Sketch of the medical history of the native army of Bombay, for the year
Year: 1872
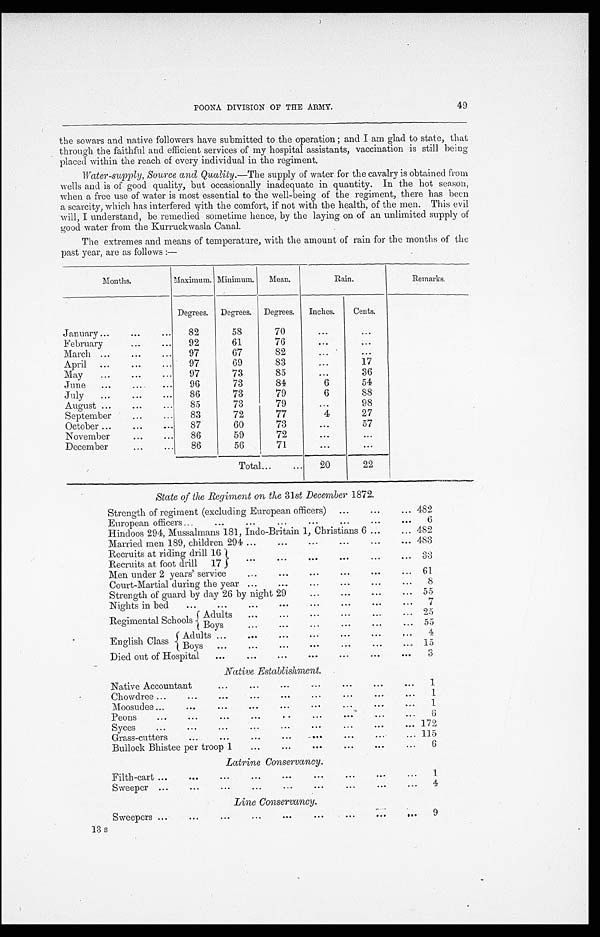
POONA DIVISION OF THE ARMY.
49
the sowars and native followers have submitted to the operation ; and I am glad to state, that
through the faithful and efficient services of my hospital assistants, vaccination is still being
placed within the reach of every individual in the regiment.
Water-supply, Source and Quality.— The supply of water for the cavalry is obtained from
wells and is of good quality, but occasionally inadequate in quantity. In the hot season,
when a free use of water is most essential to the well-being of the regiment, there has been
a scarcity, which has interfered with the comfort, if not with the health, of the men. This evil
will, I understand, be remedied sometime hence, by the laying on of an unlimited supply of
g o o d w a t e r f r o m t h e K u r r u c k w a s l a C a n a l .
The extremes and means of temperature, with the amount of rain for the months of the
past year, are as follows
Months.
Maximum. Minimum.
Mean.
Rain.
Remarks.
Degrees.
Degrees.
Degrees.
Inches.
Cents.
January . . .
82
58
70
. . .
. . .
February . . .
92
61
76
. . .
. . .
March . . .
97
67
8 2
. . .
. . .
April . . .
97
69
83
. . .
17
May . . .
97
73
85
. . .
36
June . . .
96
73
84
6
54
July . . .
86
73
79
6
88
August . . .
85
73
79
. . .
98
September . . .
83
72
77
4
27
October . . .
87
60
73
. . .
57
November . . .
86
59
72
. . .
. . .
December . . .
86
56
71
. . .
. . .
Total . . .
20
22
State of the Regiment on the 31st December 1872.
Strength of regiment (excluding European officers) . . .
482
European officers . . .
6
Hindoos 294, Mussalmans 181, Indo-Britain 1, Christians 6 . . .
482
Married men 189, children 294 . . .
483
Recruits at riding drill 16
Recruits at foot drill 17
3 3
Men under 2 years' service . . .
61
Court-Martial during the year . . .
8
Strength of guard by day 26 by night 29 . . .
55
Nights in bed . . .
7
Regimental Schools
Adults
.
.
.
2 5
Boys
.
.
.
55
English Class
Adults
4
Boys . . .
1 5
Died out of Hospital . . .
3
Native Establishment.
Native Accountant. . .
1
Chowdree . . .
1
Moosudee . . .
1
Peons . . .
6
Syces . . .
172
Grass-cutters . . .
115
Bullock Bhistee per troop 1 . . .
6
Latrine Conservancy.
Filth-cart
.
.
.
1
Sweeper
.
.
.
4
Line Conservancy.
Sweepers
.
.
.
9
13 s